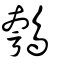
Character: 鴮